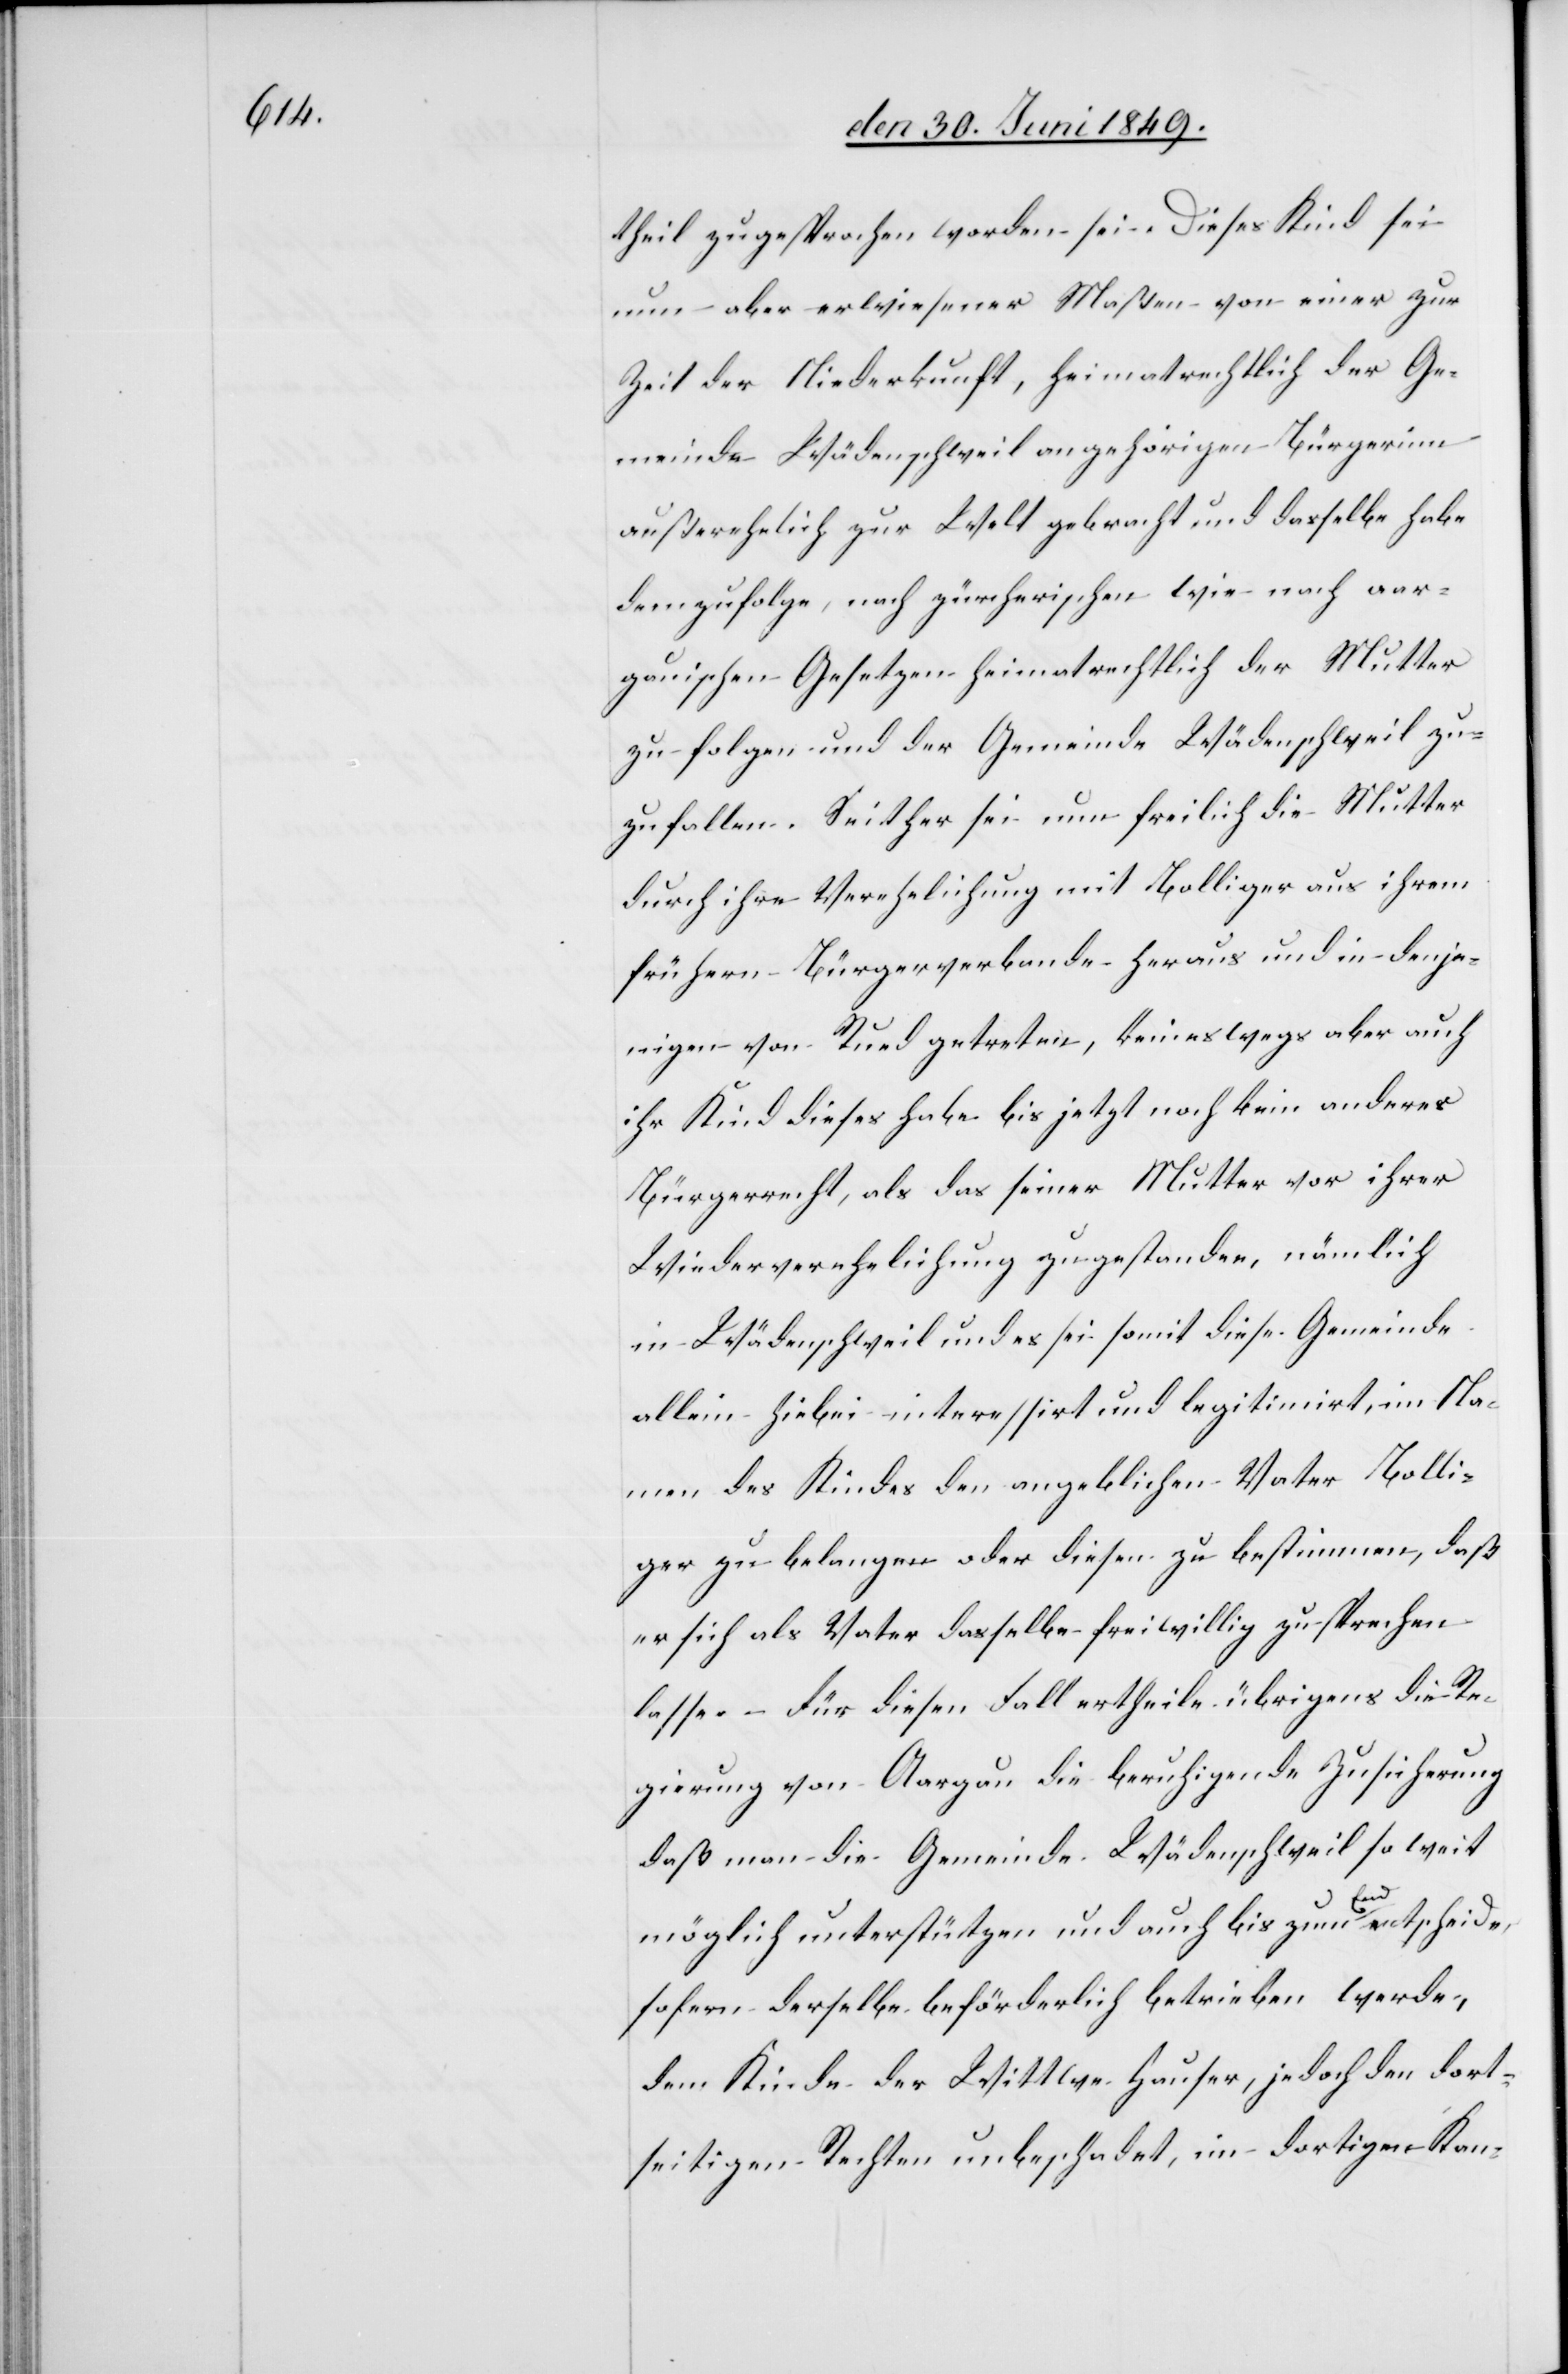
theil zugesprochen worden sei. Dieses Kind sei
nun aber erwiesener Maßen von einer zur
Zeit der Niederkunft, heimatrechtlich der Ge¬
meinde Wädenschweil angehörigen Bürgerinn
außerehelich zur Welt gebracht und dasselbe habe
demzufolge, nach zürcherischen wie nach aar¬
gauischen Gesetzen heimatrechtlich der Mutter
zu folgen und der Gemeinde Wädenschweil zu¬
zufallen. Seither sei nun freilich die Mutter
durch ihre Verehelichung mit Bolliger aus ihrem
frühern Bürgerverbande heraus und in denje¬
nigen von Rued getreten, keineswegs aber auch
ihr Kind dieses habe bis jetzt noch kein anderes
Bürgerrecht, als das seiner Mutter vor ihrer
Wiederverehelichung zugestanden, nämlich
in Wädenschweil und es sei somit diese Gemeinde
allein hiebei interessirt und legitimirt, im Na¬
men des Kindes den angeblichen Vater Bolli¬
ger zu belangen oder diesen zu bestimmen, daß
er sich als Vater dasselbe freiwillig zu sprechen
lasse – Für diesen Fall ertheile übrigens die Re¬
gierung von Aargau die beruhigende Zusicherung
daß man die Gemeinde Wädenschweil so weit
möglich unterstützen und auch bis zum End entscheide
sofern derselbe beförderlich betrieben werde,
dem Kinde der Wittwe Hauser, jedoch den dort¬
seitigen Rechten unbeschadet, im dortigen Kan-